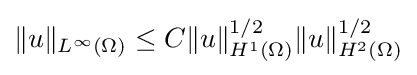
\displaystyle \|u\|_{L^{\infty }(\Omega )}\leq C\|u\|_{H^{1}(\Omega )}^{1/2}\|u\|_{H^{2}(\Omega )}^{1/2}